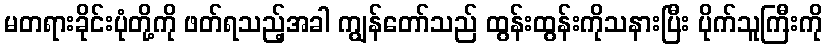
မတရားခိုင်းပုံတို့ကို ဖတ်ရသည့်အခါ ကျွန်တော်သည် ထွန်းထွန်းကိုသနားပြီး ပိုက်သူကြီးကို